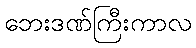
ဘေးဒဏ်ကြီးကာလ